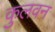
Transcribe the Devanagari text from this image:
कुलवन